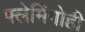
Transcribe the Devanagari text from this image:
फ्लेमिंगोही